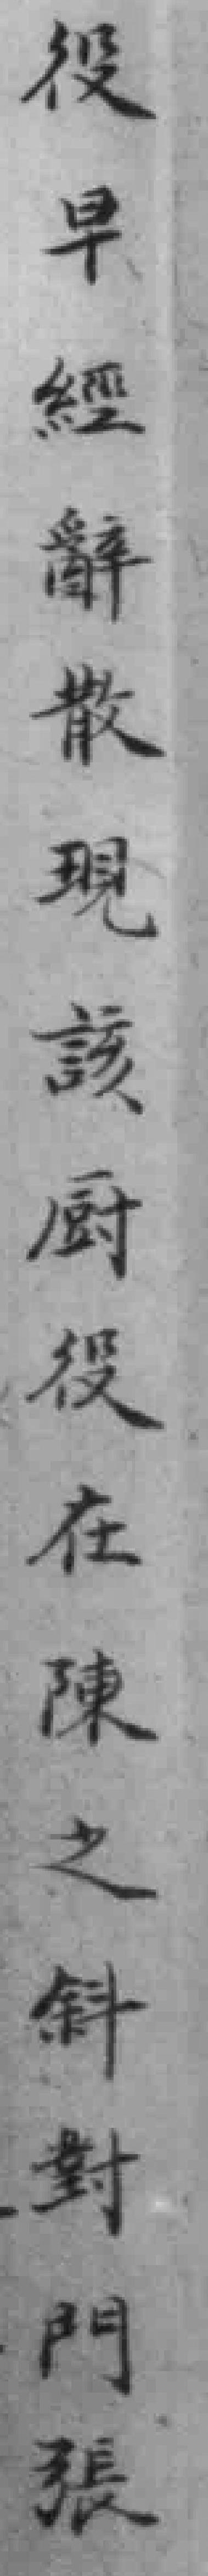
役早經辭散現該厨役在陳之斜對門張